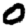
Digit: 0